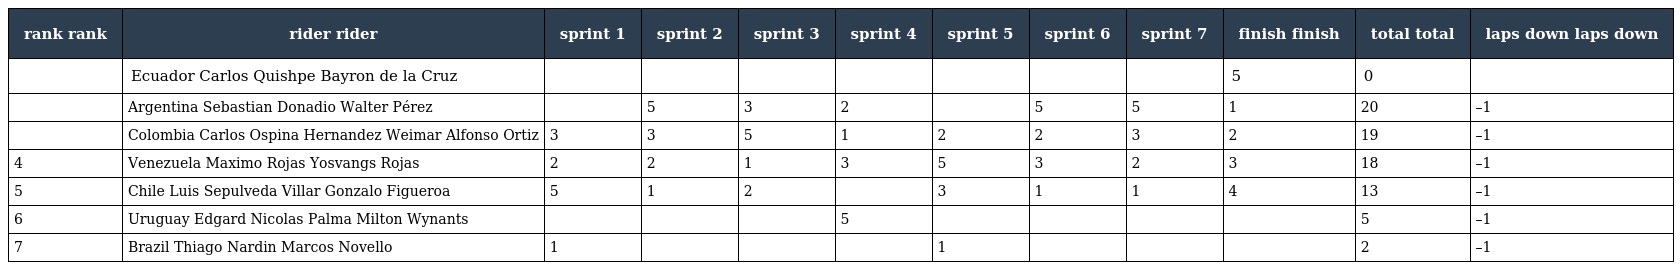
| rank rank | rider rider | sprint 1 | sprint 2 | sprint 3 | sprint 4 | sprint 5 | sprint 6 | sprint 7 | finish finish | total total | laps down laps down |
 | --- | --- | --- | --- | --- | --- | --- | --- | --- | --- | --- | --- |
 |  | Ecuador Carlos Quishpe Bayron de la Cruz |  |  |  |  |  |  |  | 5 | 0 |  |
 |  | Argentina Sebastian Donadio Walter Pérez |  | 5 | 3 | 2 |  | 5 | 5 | 1 | 20 | –1 |
 |  | Colombia Carlos Ospina Hernandez Weimar Alfonso Ortiz | 3 | 3 | 5 | 1 | 2 | 2 | 3 | 2 | 19 | –1 |
 | 4 | Venezuela Maximo Rojas Yosvangs Rojas | 2 | 2 | 1 | 3 | 5 | 3 | 2 | 3 | 18 | –1 |
 | 5 | Chile Luis Sepulveda Villar Gonzalo Figueroa | 5 | 1 | 2 |  | 3 | 1 | 1 | 4 | 13 | –1 |
 | 6 | Uruguay Edgard Nicolas Palma Milton Wynants |  |  |  | 5 |  |  |  |  | 5 | –1 |
 | 7 | Brazil Thiago Nardin Marcos Novello | 1 |  |  |  | 1 |  |  |  | 2 | –1 |